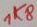
Text: K8